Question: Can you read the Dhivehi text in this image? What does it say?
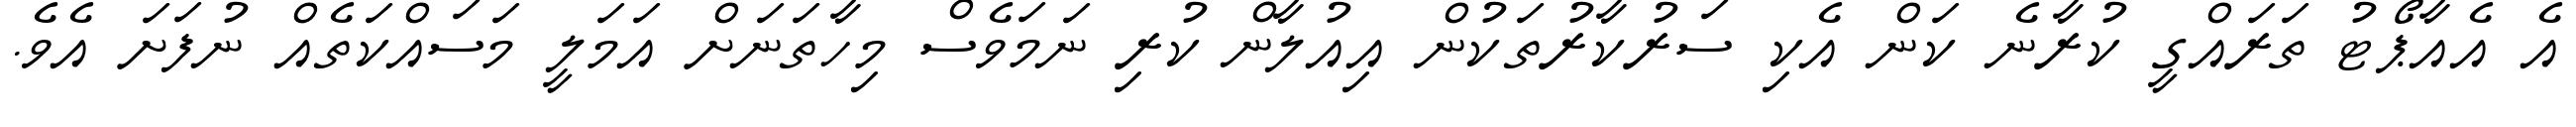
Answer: އެ އެއާޕޯޓު ތަރައްގީ ކުރާނެ ކަން އެކި ސަރުކާރުތަކުން އިއުލާން ކުރި ނަމަވެސް މިހާތަނަށް އަމަލީ މަސައްކަތެއް ނުފަށަ އެވެ.